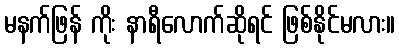
မနက်ဖြန် ကိုး နာရီလောက်ဆိုရင် ဖြစ်နိုင်မလား။